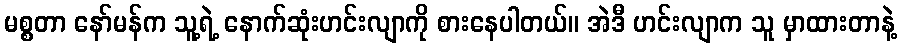
မစ္စတာ နော်မန်က သူ့ရဲ့ နောက်ဆုံးဟင်းလျာကို စားနေပါတယ်။ အဲဒီ ဟင်းလျာက သူ မှာထားတာနဲ့